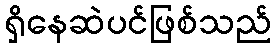
ရှိနေဆဲပင်ဖြစ်သည်